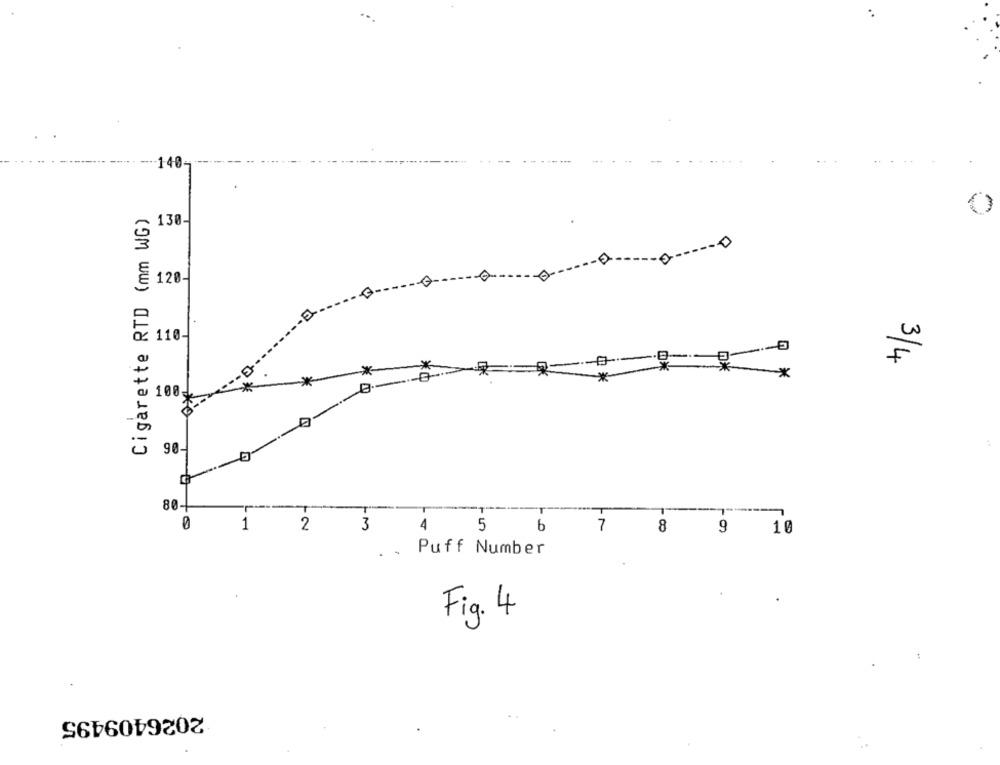
--
140-
Cigarette RTD (mm WG)
0
130-
0 ----- 0
120-
110-
3/4
*
*
*
100
A
90-
80-1
1
2
3
6
7
8
9
10
4 5
Puff Number
Fig. 4
2026409495